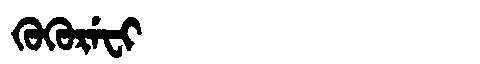
Manchu: ᡴᡠᡴᡠᡵᡝᠸᡳ
Romanization: KUKUREFI